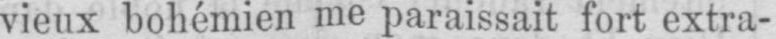
vieux bohémien me paraissait fort extra-